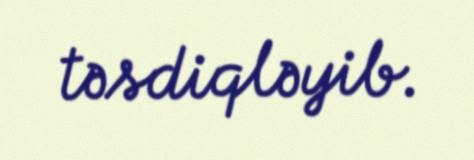
təsdiqləyib.